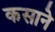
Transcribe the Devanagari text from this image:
कसाने